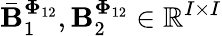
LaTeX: \bar{\mathbf{B}}_{1}^{\boldsymbol{\Phi}_{12}},\mathbf{B}_{2}^{\boldsymbol{\Phi}_{12}}\in\mathbb{R}^{I\times I}